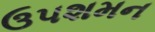
ઉપશમન